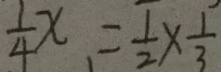
\frac { 1 } { 4 } x 、 = \frac { 1 } { 2 } \times \frac { 1 } { 3 }